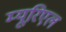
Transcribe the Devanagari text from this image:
म्यूरिएल